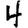
Digit: 4